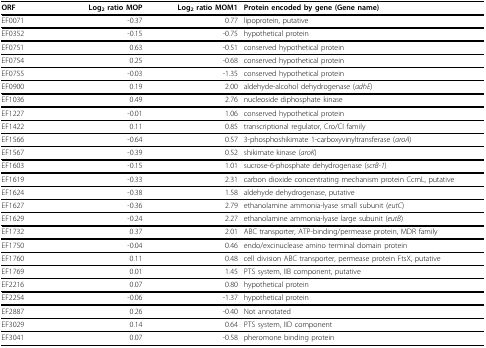
| ORF | Log2 ratio MOP | Log2 ratio MOM1 | Protein encoded by gene (Gene name) |
 | --- | --- | --- | --- |
 | EF0071 | -0.37 | 0.77 | lipoprotein, putative |
 | EF0352 | -0.15 | -0.75 | hypothetical protein |
 | EF0751 | 0.63 | -0.51 | conserved hypothetical protein |
 | EF0754 | 0.25 | -0.68 | conserved hypothetical protein |
 | EF0755 | -0.03 | -1.35 | conserved hypothetical protein |
 | EF0900 | 0.19 | 2.00 | aldehyde-alcohol dehydrogenase (adhE) |
 | EF1036 | 0.49 | 2.76 | nucleoside diphosphate kinase |
 | EF1227 | -0.01 | 1.06 | conserved hypothetical protein |
 | EF1422 | 0.11 | 0.85 | transcriptional regulator, Cro/CI family |
 | EF1566 | -0.64 | 0.57 | 3-phosphoshikimate 1-carboxyvinyltransferase (aroA) |
 | EF1567 | -0.39 | 0.52 | shikimate kinase (aroK) |
 | EF1603 | -0.15 | 1.01 | sucrose-6-phosphate dehydrogenase (scrB-1) |
 | EF1619 | -0.33 | 2.31 | carbon dioxide concentrating mechanism protein CcmL, putative |
 | EF1624 | -0.38 | 1.58 | aldehyde dehydrogenase, putative |
 | EF1627 | -0.36 | 2.79 | ethanolamine ammonia-lyase small subunit (eutC) |
 | EF1629 | -0.24 | 2.27 | ethanolamine ammonia-lyase large subunit (eutB) |
 | EF1732 | 0.37 | 2.01 | ABC transporter, ATP-binding/permease protein, MDR family |
 | EF1750 | -0.04 | 0.46 | endo/excinuclease amino terminal domain protein |
 | EF1760 | 0.11 | 0.48 | cell division ABC transporter, permease protein FtsX, putative |
 | EF1769 | 0.01 | 1.45 | PTS system, IIB component, putative |
 | EF2216 | 0.07 | 0.80 | hypothetical protein |
 | EF2254 | -0.06 | -1.37 | hypothetical protein |
 | EF2887 | 0.26 | -0.40 | Not annotated |
 | EF3029 | 0.14 | 0.64 | PTS system, IID component |
 | EF3041 | 0.07 | -0.58 | pheromone binding protein |